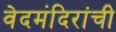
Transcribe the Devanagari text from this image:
वेदमंदिरांची